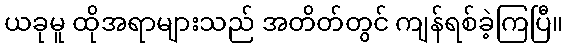
ယခုမူ ထိုအရာများသည် အတိတ်တွင် ကျန်ရစ်ခဲ့ကြပြီ။